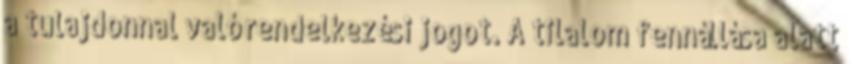
a tulajdonnal való rendelkezési jogot. A tilalom fennállása alatt